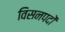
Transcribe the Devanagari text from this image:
विसनपदों